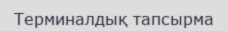
Терминалдық тапсырма